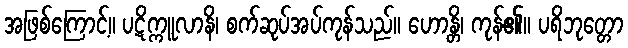
အဖြစ်ကြောင့်။ ပဋိက္ကူလာနိ၊ စက်ဆုပ်အပ်ကုန်သည်။ ဟောန္တိ၊ ကုန်၏။ ပရိဘုတ္တော